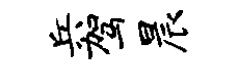
兵驾晨